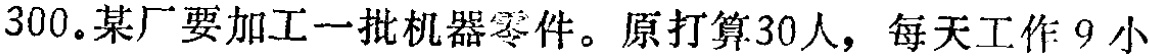
300. 某厂要加工一批机器零件。原打算30人，每天工作 9 小